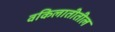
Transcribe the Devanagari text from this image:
वकिलातीतील